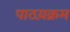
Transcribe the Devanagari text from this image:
पाठय़क्रम